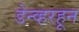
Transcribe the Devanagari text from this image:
डेन्व्हरहून